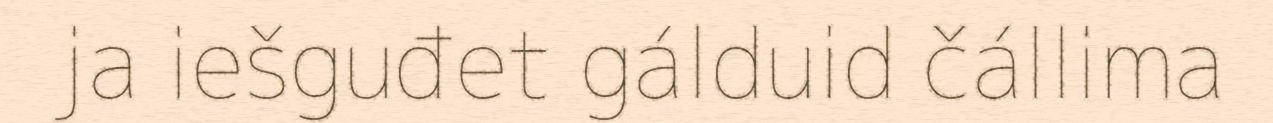
ja iešguđet gálduid čállima